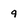
Character: 9